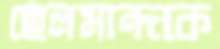
হেলমান্দকে